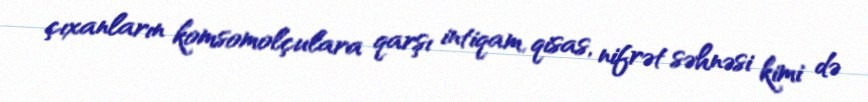
çıxanların komsomolçulara qarşı intiqam, qisas, nifrət səhnəsi kimi də